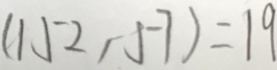
( 1 5 2 , 5 7 ) = 1 9